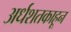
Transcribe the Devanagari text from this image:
अर्धशतकाहून